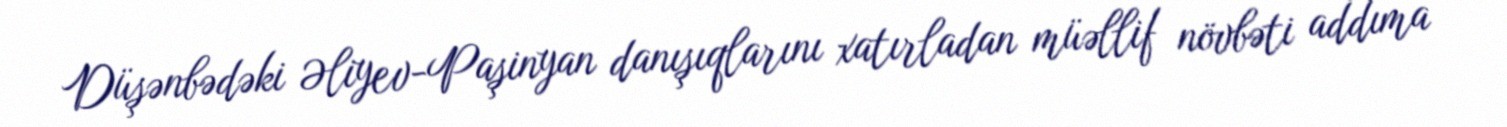
Düşənbədəki Əliyev-Paşinyan danışıqlarını xatırladan müəllif növbəti addıma